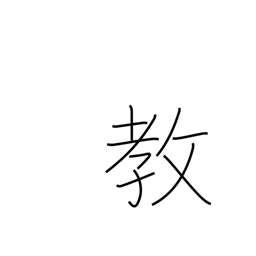
Meaning: faith